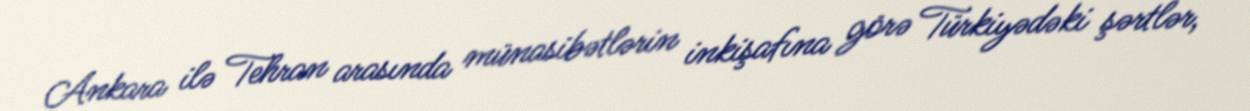
Ankara ilə Tehran arasında münasibətlərin inkişafına görə Türkiyədəki şərtlər,